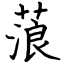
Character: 蒗